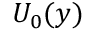
U _ { 0 } ( y )